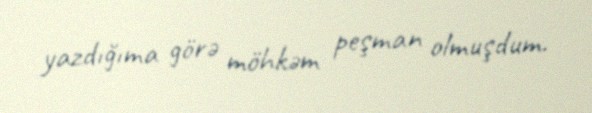
yazdığıma görə möhkəm peşman olmuşdum.